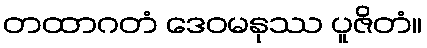
တထာဂတံ ဒေဝမနုဿ ပူဇိတံ။